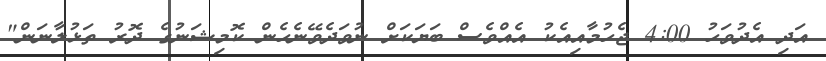
އަދި އެދުވަހު 4:00 ޖެހުމާއިއެކު އެއްވެސް ބަޔަކަށް ނުވަދެވޭނެހެން ކޮމިޝަނުގެ ދޮރު ތަޅުލާނަން"